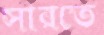
সারতে